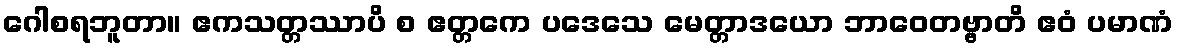
ဂေါစရဘူတာ။ ဧကသတ္တဿာပိ စ ဧတ္တကေ ပဒေသေ မေတ္တာဒယော ဘာဝေတဗ္ဗာတိ ဧဝံ ပမာဏံ